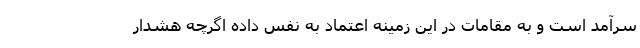
سرآمد است و به مقامات در این زمینه اعتماد به نفس داده اگرچه هشدار